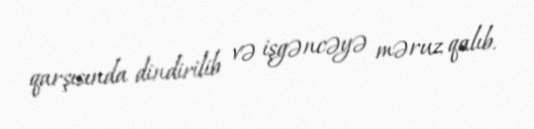
qarşısında dindirilib və işgəncəyə məruz qalıb.